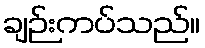
ချဉ်းကပ်သည်။